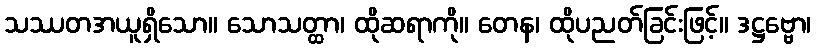
သဿတအယူရှိသော။ သောသတ္ထာ၊ ထိုဆရာကို။ တေန၊ ထိုပညတ်ခြင်းဖြင့်။ ဒဋ္ဌဗ္ဗော၊